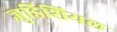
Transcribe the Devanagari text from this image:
जुडिशियल